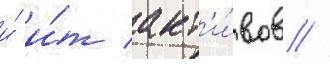
и́ и́т акт'и́вов //